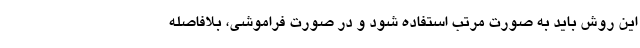
این روش باید به صورت مرتب استفاده شود و در صورت فراموشی، بلافاصله